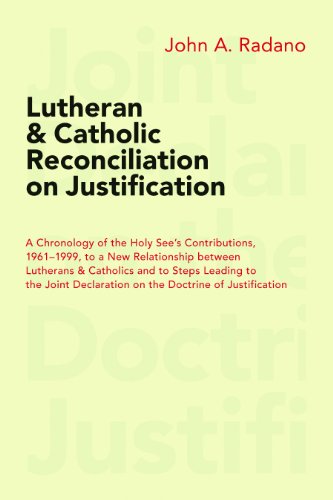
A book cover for Lutheran and Catholic Reconciliation on Justification: A Chronology of the Holy See's Contributions, 1961-1999, to a New Relationship between ... Declaration on the Doctrine of Justification; John A. Radano; Christian Books & Bibles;